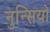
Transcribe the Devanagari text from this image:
नुन्सियो